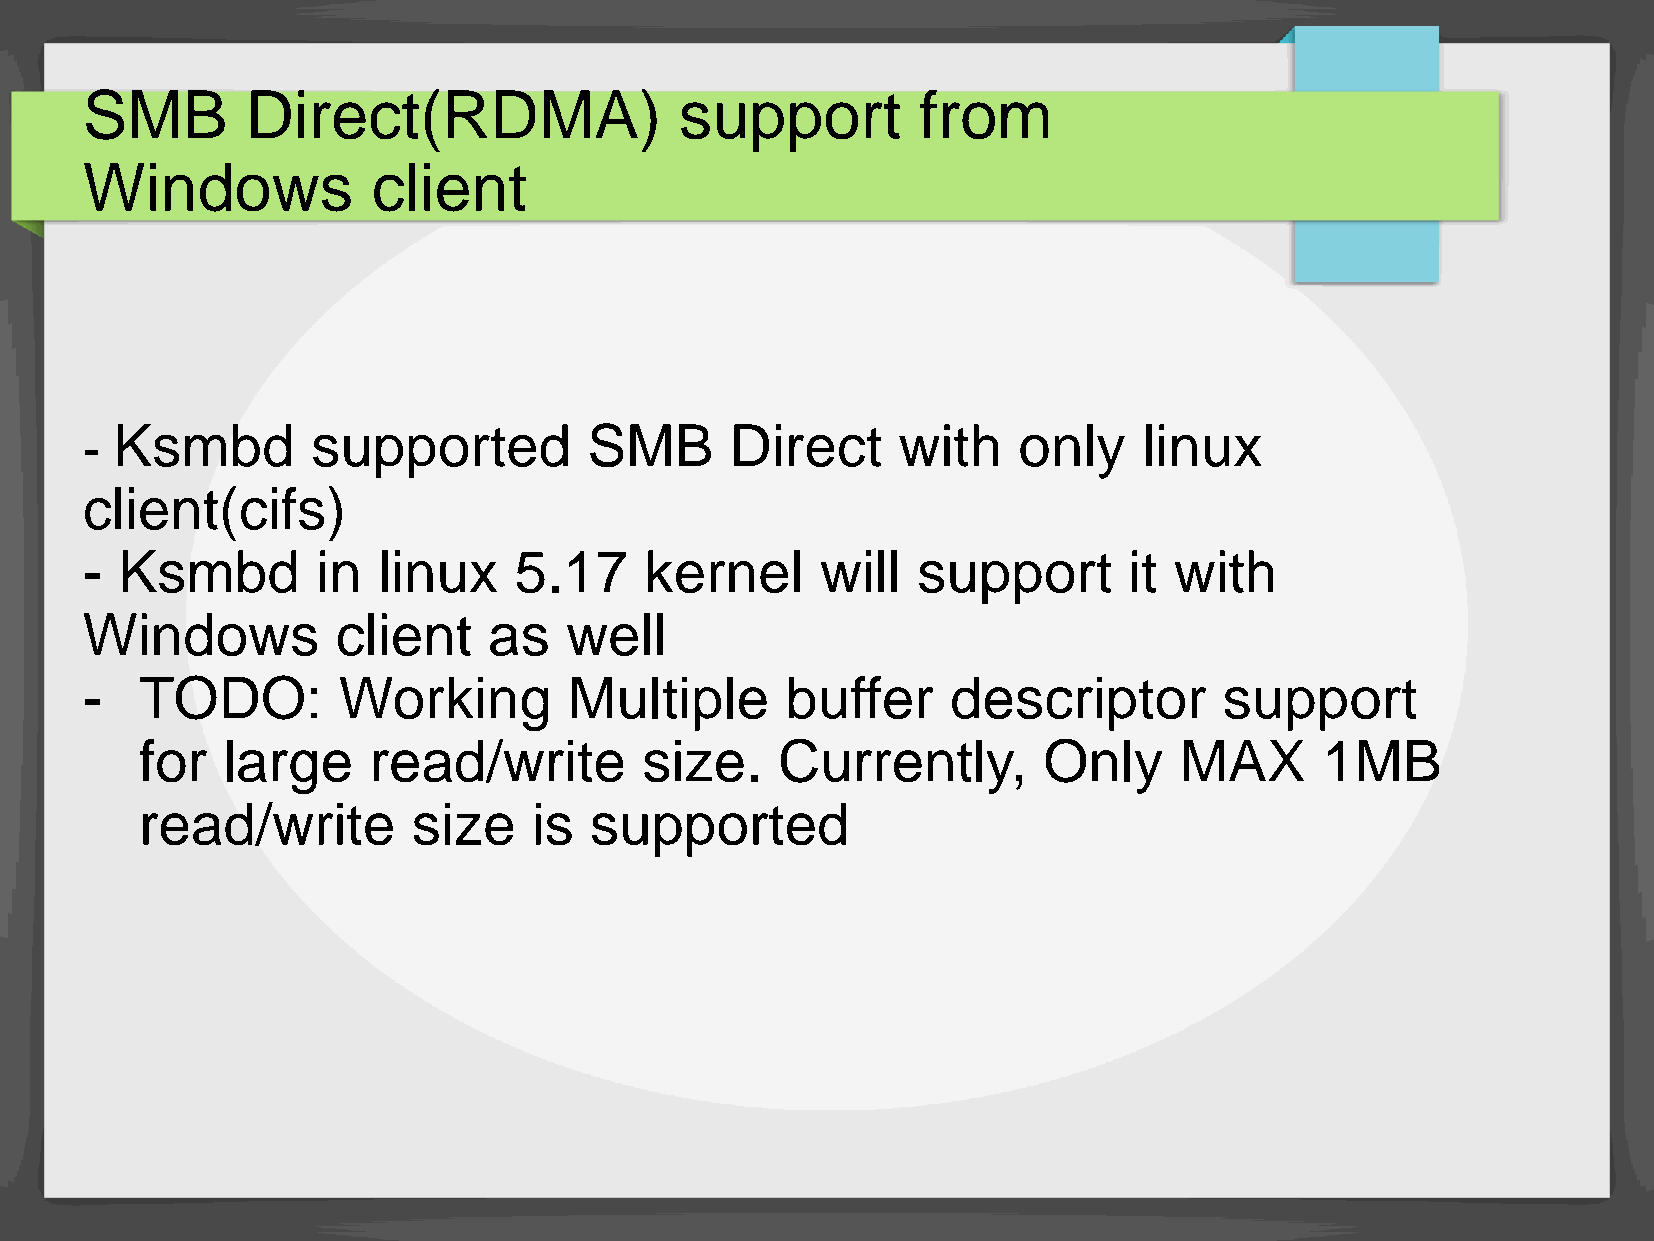
SMB        Direct(RDMA)                 support         from
 Windows             client
 Ksmbd         supported         SMB      Direct     with    only     linux
 -
 client(cifs)
 -  Ksmbd        in  linux    5.17     kernel     will   support       it with
 Windows          client    as   well
 -   TODO:        Working         Multiple      buffer     descriptor        support
 for   large    read/write         size.    Currently,       Only     MAX       1MB
 read/write        size    is  supported